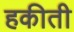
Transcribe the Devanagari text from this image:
हकीती